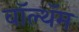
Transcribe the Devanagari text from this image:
वॉल्थॅम